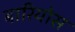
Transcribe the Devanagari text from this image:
बारियोस